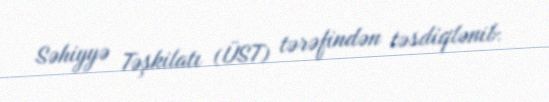
Səhiyyə Təşkilatı (ÜST) tərəfindən təsdiqlənib.